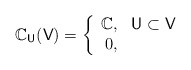
\begin{align*} \mathbb C_\mathsf{U}(\mathsf V) = \left\{ \begin{array}{rcl} \mathbb C, & \mathsf U \subset \mathsf V \\ 0 , & \end{array} \right. \end{align*}